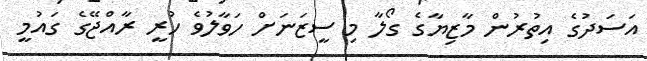
އަސަދުގެ އިތުރުން މާޒިޔާގެ ގޯލާ މި ސީޒަނަށް ހަވާލުވެ ހުރީ ރާއްޖޭގެ ގައުމީ